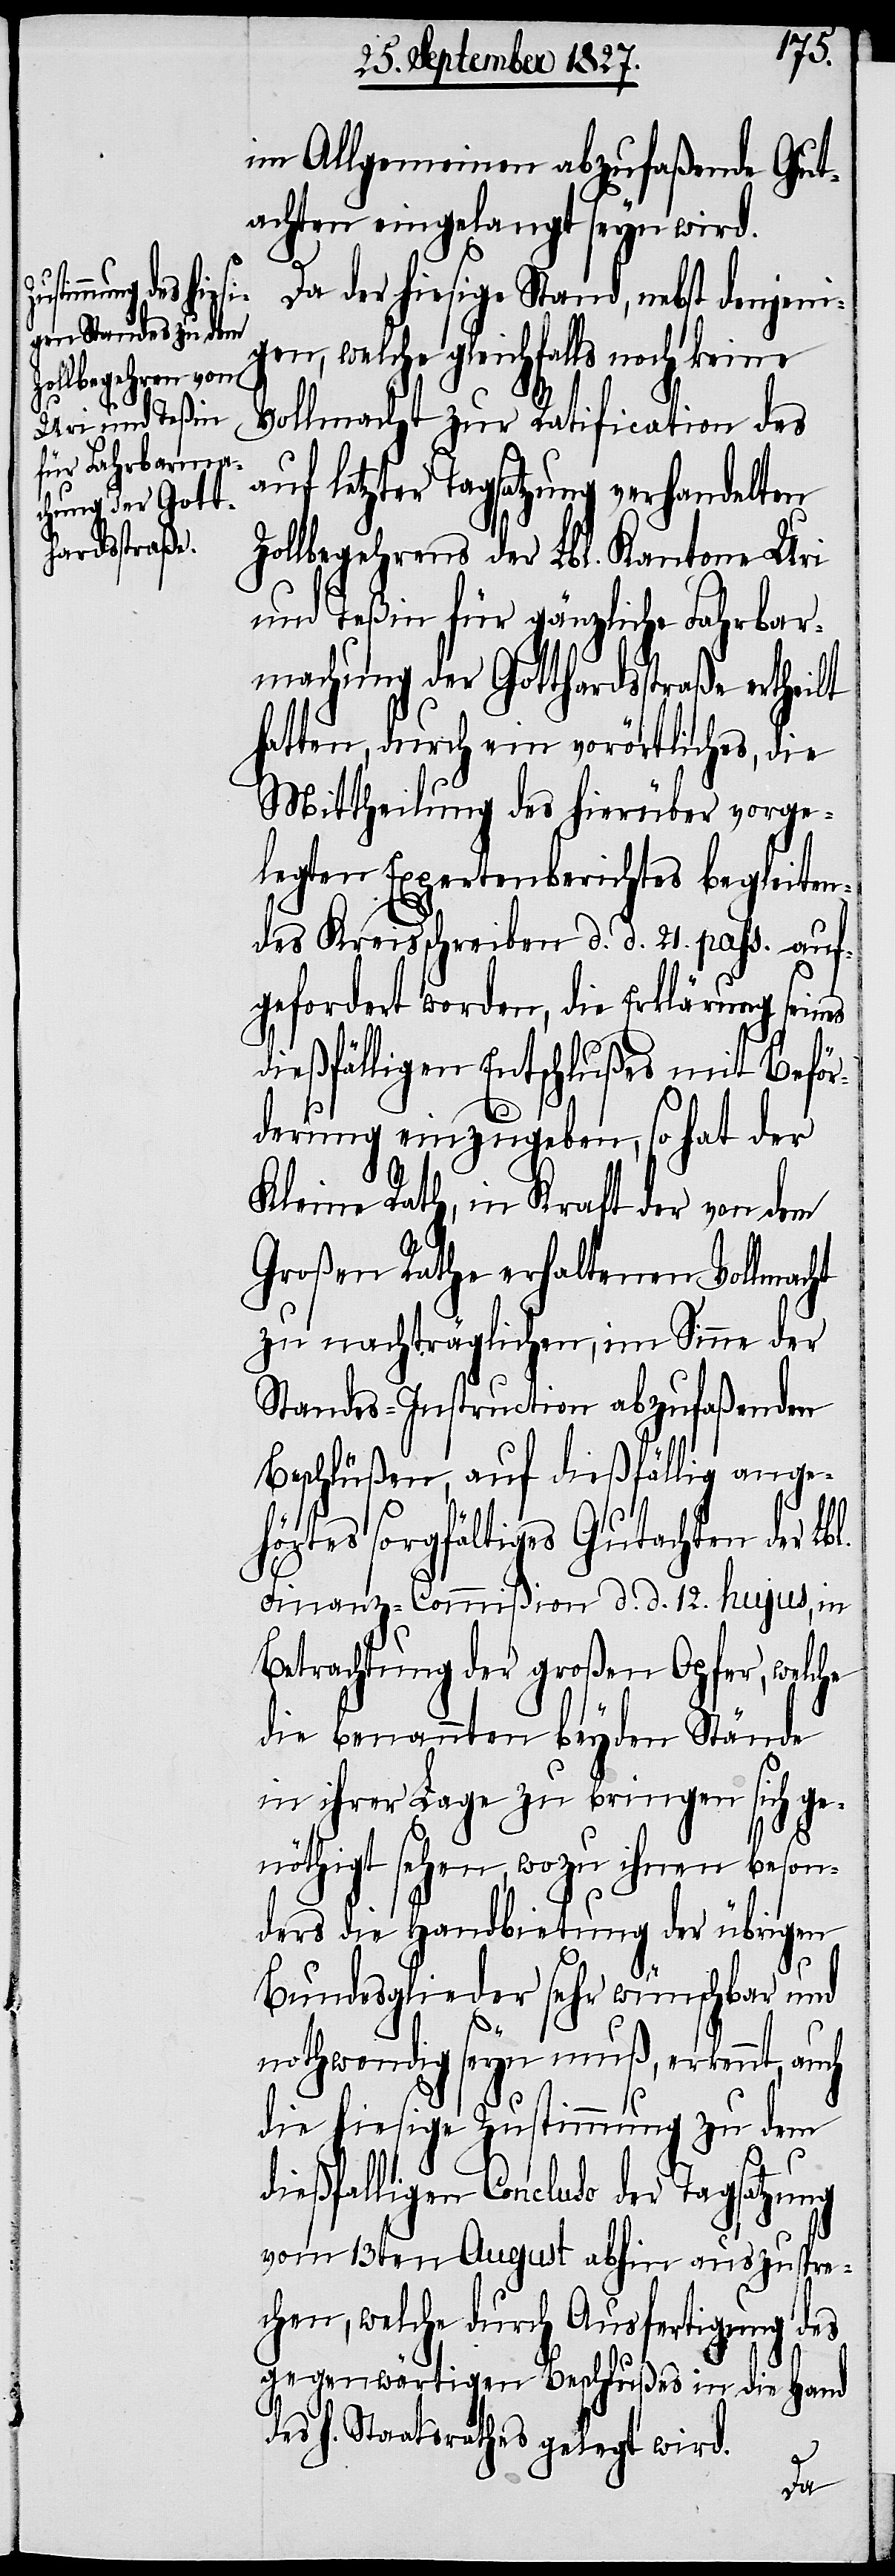
im Allgemeinen abzufaßende Gut¬
achten eingelangt seyn wird.
Da der hiesige Stand, nebst denjeni¬
gen, welche gleichfalls noch keine
Vollmacht zur Ratification des
auf letzter Tagsatzung verhandelten
Zollbegehrens der Lbl. Kantone Uri
und Teßin für gänzliche Fahrbar¬
machung der Gotthardstraße erthei¬
hatten, durch ein vorörtliches, die
Mittheilung des hierüber vorge¬
lt
legten Expertenberichtes begleiten¬
des Kreisschreiben d. d. 21. pass. auf¬
gefordert worden, die Erklärung sein¬
dießfälligen Entschlußes mit Beför¬
derung einzugeben, so hat der
Kleine Rath, in Kraft der von dem
Großen Rathe erhaltenen Vollmacht
zu nachträglichen, im Sinne der
Standes-Instruction abzufaßenden
Beschlüßen, auf dießfällig ange¬
hörtes sorgfältiges Gutachten der Lbl.
Finanz-Commißion d. d. 12. hujus, in
Betrachtung der großen Opfer, welche
die benannten beyden Stände
in ihrer Lage zu bringen sich ge¬
nöthigt sehen, wozu ihnen beson¬
ders die Handbietung der übrigen
es
Bundesglieder sehr wünschbar und
nothwendig seyn muß, erkennt,
die hiesige Zustimmung zu dem
dießfalligen Concluso der Tagsatzung
vom 13ten August abhin auszuspre¬
chen, welche durch Ausfertigung des
gegenwärtigen Beschlußes in die Hand
des h. Staatsrathes gelegt wird.